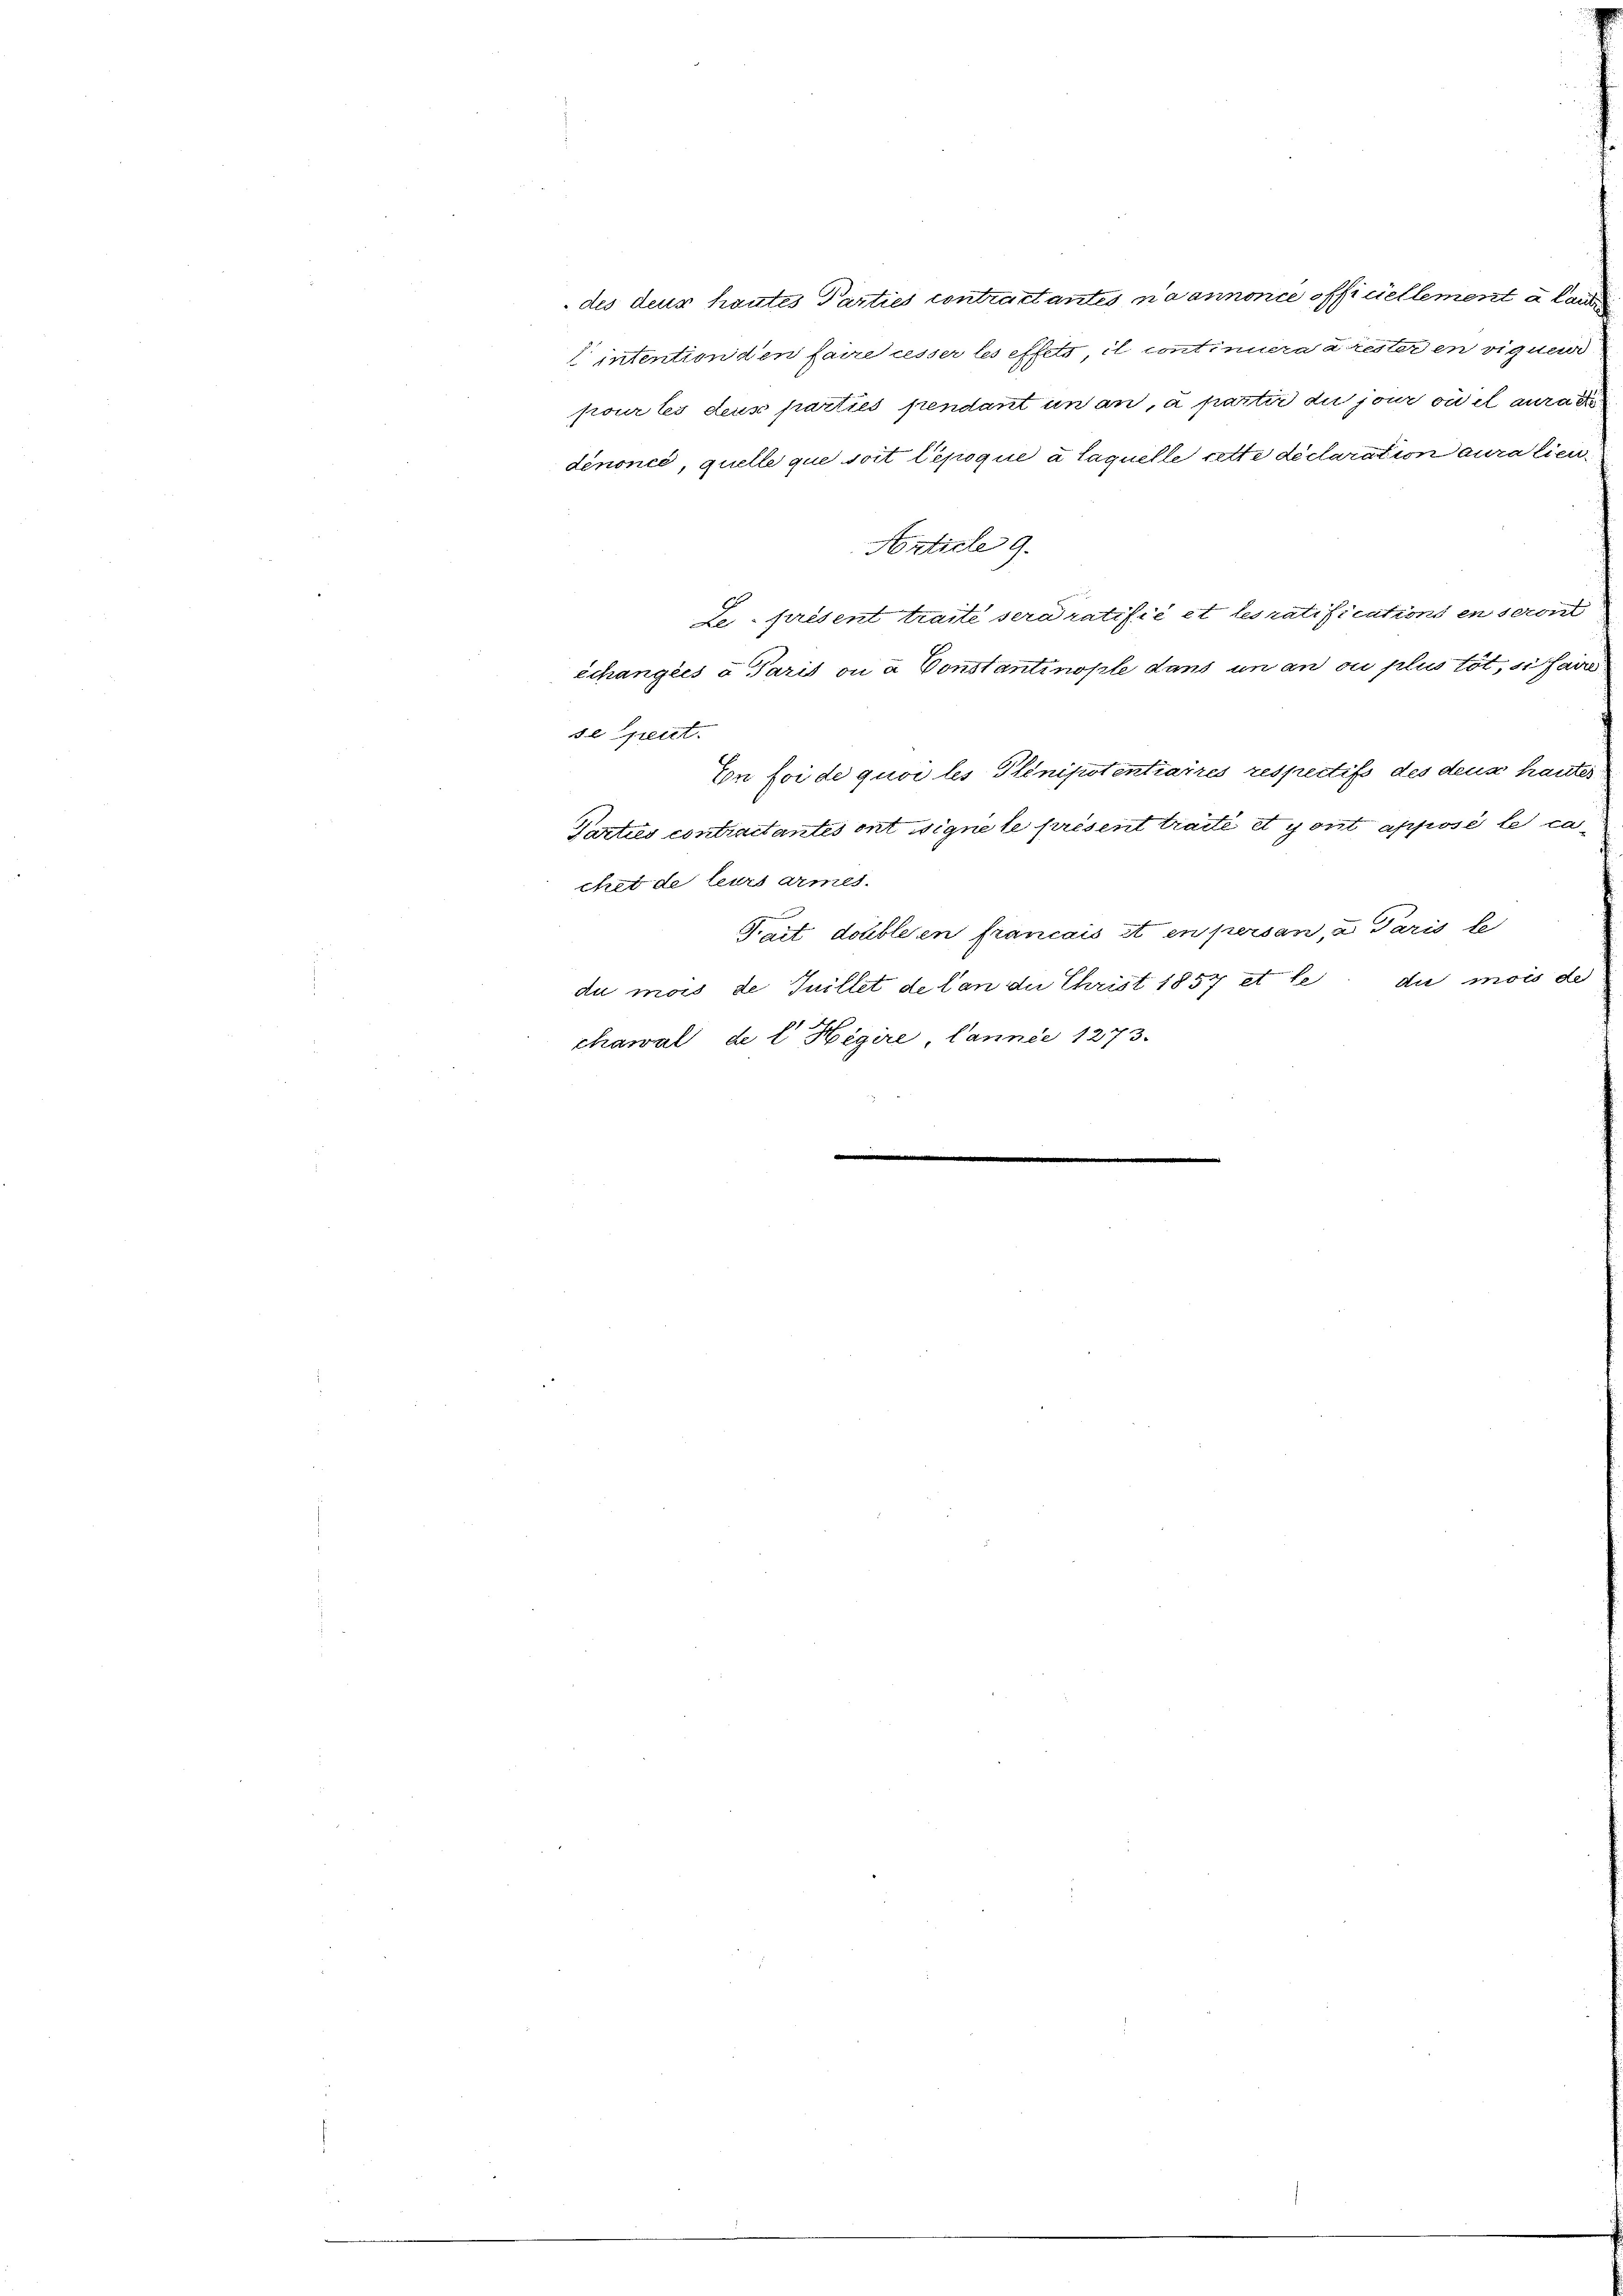
des deur hautes Parties contractantes na annonce officiellement a lau¬
 intention den faire cesser les effets, il continuera a rester en viguen
pour lei dens parties pendant in an, à partir du jour ou il auraie
dénoncé, quelle que soit Depoque à laquelle rette déclaration aura lieu¬
Article 9.
se geret.
Con foi de quoi les Plinipotentiaires respectifs des deus hautes
Parties contractantes ont signete présent traité et yont apposé le cachet de leurs armes.
e
Trait double en francais et en person, a Paris le
du mois de Juillet de lan die Christ 1857 et le du mois des
chawal de l Higire, Cannie 1273.

échangies a Paris ou à Constantinople dans un an ou plus tot, si fair

Le présent traité sera ratifié et les ratifications en sein